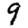
Digit: 9